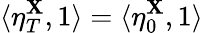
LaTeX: \langle\eta_{T}^{\mathbf{X}},1\rangle=\langle\eta_{0}^{\mathbf{X}},1\rangle